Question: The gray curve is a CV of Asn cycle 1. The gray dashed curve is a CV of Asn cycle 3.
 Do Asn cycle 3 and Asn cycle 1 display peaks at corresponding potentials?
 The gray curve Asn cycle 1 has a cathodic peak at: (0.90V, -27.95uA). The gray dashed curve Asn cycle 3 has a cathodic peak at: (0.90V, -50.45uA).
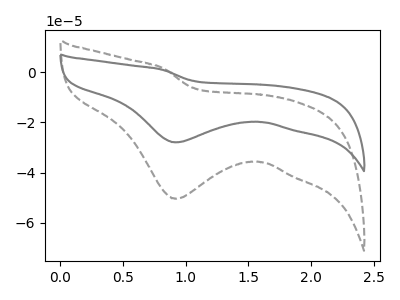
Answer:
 <answer>Yes, "Asn cycle 3" have a peak in "Asn cycle 1" at the same potential.</answer>
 <eval>match</eval>